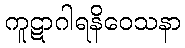
ကူဋာဂါရနိဝေသနာ